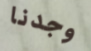
وجدنا